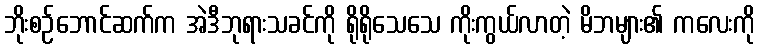
ဘိုးစဉ်ဘောင်ဆက်က အဲဒီဘုရားသခင်ကို ရိုရိုသေသေ ကိုးကွယ်လာတဲ့ မိဘများ၏ ကလေးကို